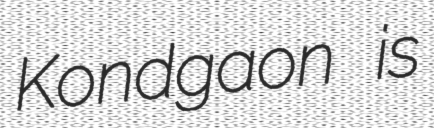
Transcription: Kondgaon is